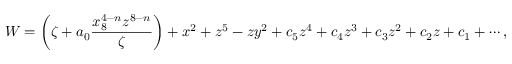
W = \left( \zeta + a _ { 0 } \frac { x _ { 8 } ^ { 4 - n } z ^ { 8 - n } } { \zeta } \right) + x ^ { 2 } + z ^ { 5 } - z y ^ { 2 } + c _ { 5 } z ^ { 4 } + c _ { 4 } z ^ { 3 } + c _ { 3 } z ^ { 2 } + c _ { 2 } z + c _ { 1 } + \cdots ,